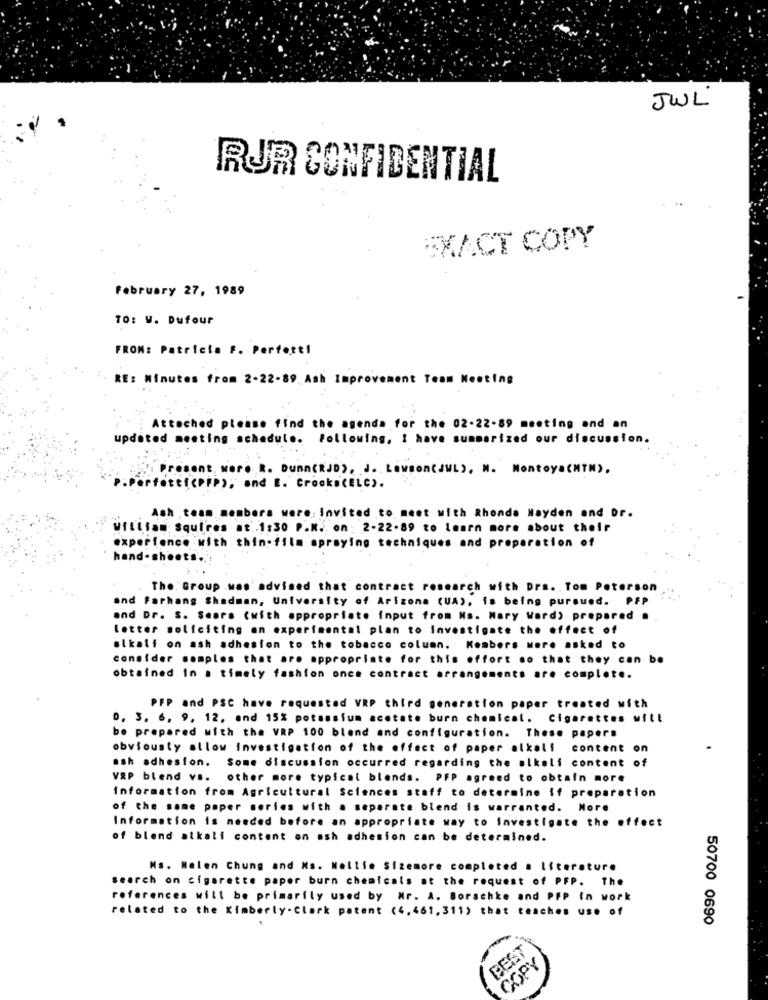
JWL
RUR CONFIDENTIAL
EXACT COPY
February 27, 1989
TO: W. Dufour
FROM: Patricia F. Perfett!
F. RE: Minutes from 2-22-89_Ash Improvement Team Meeting
Attached please find the agenda for the 02-22-89 meeting and an
updated meeting schedule. Following, I have summarized our discussion.
Present, More. R. Dunn(RJD), J. Lawson(SWL), M. Montoya(MTM),
.Perfetti(PPP); and E. Crooks(ELC).
Ash . team members were invited to meet with Rhonda Hayden and Dr.
William Squires at .1:30 P.M. on: 2-22.89 to learn more about their
experience with thin-film spraying techniques and preparation of
hand-sheets ...
The. Group .was advised that contract research with Dra. Tom Peterson
and Parhang Shadman, University of Arizona (UA), is being pursued. PFP
and Dr. S. Seora (with appropriate input from Ns. Mary Word) prepared .
letter soliciting an experimental plan to Investigate the effect of
alkali on ash adhesion to the tobacco column. Koabers were asked to
consider somples that are appropriate for this effort so that they can be
obtained In a timely fashion once contract arrangements are complete.
PFP and PSC have requested VRP third generation paper treated with
0, 3. 6, 9, 12. and 15% potassium acetate burn chemical. Cigarettes will
be prepared with the VRP 100 blend and configuration. These papers
obviousty allow investigation of the effect of paper alkali content on
ash adhesion. Some discussion occurred regarding the alkali content of
VRP blend vs. other more typical blends. PFP agreed to obtain more
Information from Agricultural Sciences staff to determine if preparation
of the some paper series with a separate blend is warranted. More
Information is needed before an appropriate way to investigate the effect
of blend atkali content on ash adhesion can be determined.
Ms. Nelen Chung and Ns. Nellie Sizemore completed a literature
search on cigarette paper burn chemicals at the request of PFP. The
references will be primarily used by Mr. A. Borschke and PFP in work
related to the Kimberly-Clark patent (4,461,311) that teaches use of
.
50700 0690
BEST
COPY